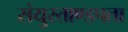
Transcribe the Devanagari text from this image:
संयुस्ताण्डपता